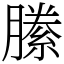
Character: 縢